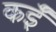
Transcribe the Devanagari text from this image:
कईँ